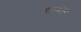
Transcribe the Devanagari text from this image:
ज्ञानचतुष्क